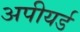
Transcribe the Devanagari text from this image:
अपीयर्ड